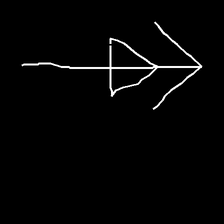
Glyph: pull